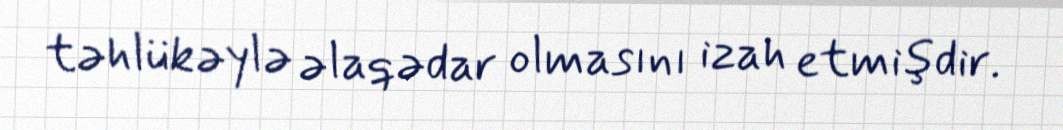
təhlükəylə əlaqədar olmasını izah etmişdir.